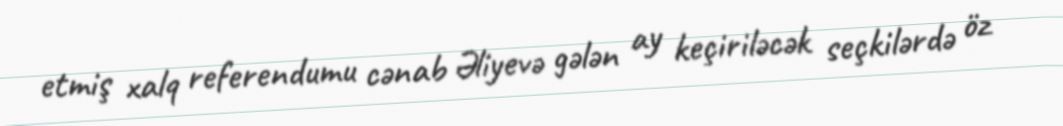
etmiş xalq referendumu cənab Əliyevə gələn ay keçiriləcək seçkilərdə öz